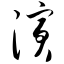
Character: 演